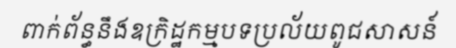
ពាក់ព័ន្ធនឹងឧក្រិដ្ឋកម្មបទប្រល័យពូជសាសន៍